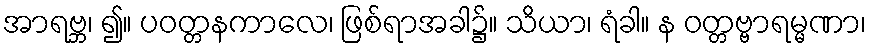
အာရဗ္ဘ၊ ၍။ ပဝတ္တနကာလေ၊ ဖြစ်ရာအခါ၌။ သိယာ၊ ရံခါ။ န ဝတ္တဗ္ဗာရမ္မဏာ၊